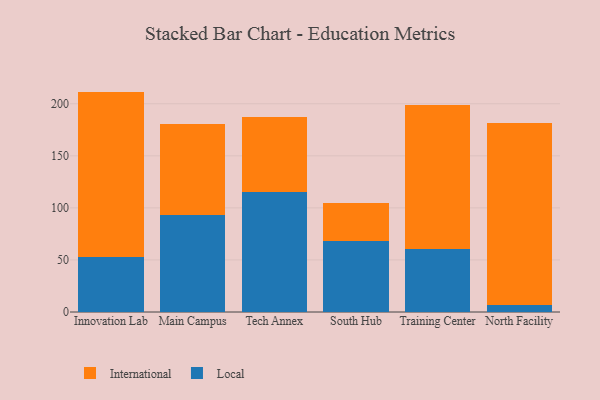
{"axis": {"x": "Campus", "y": "Energy Usage (MWh)"}, "legend": ["International", "Local"], "data": [{"x": "Innovation Lab", "y": 52.5, "type": "Local"}, {"x": "Innovation Lab", "y": 159.2, "type": "International"}, {"x": "Main Campus", "y": 92.9, "type": "Local"}, {"x": "Main Campus", "y": 87.5, "type": "International"}, {"x": "Tech Annex", "y": 115.7, "type": "Local"}, {"x": "Tech Annex", "y": 72.0, "type": "International"}, {"x": "South Hub", "y": 68.3, "type": "Local"}, {"x": "South Hub", "y": 36.3, "type": "International"}, {"x": "Training Center", "y": 60.2, "type": "Local"}, {"x": "Training Center", "y": 138.4, "type": "International"}, {"x": "North Facility", "y": 6.7, "type": "Local"}, {"x": "North Facility", "y": 175.1, "type": "International"}]}